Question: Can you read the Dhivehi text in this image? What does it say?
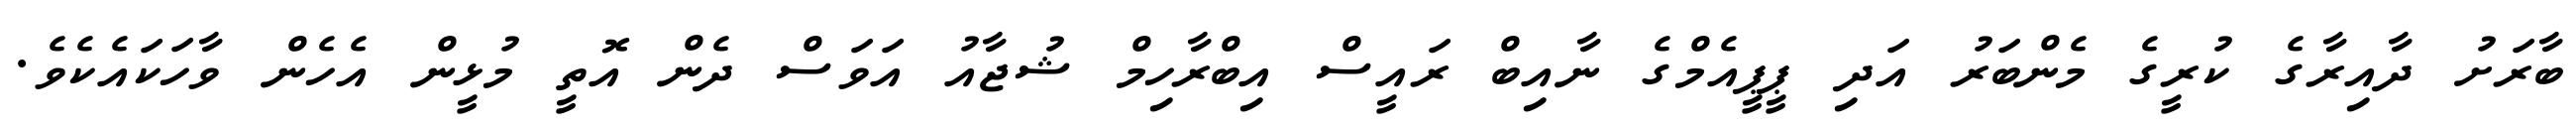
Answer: ބާރަށު ދާއިރާގެ ކުރީގެ މެންބަރު އަދި ޕީޕީއެމްގެ ނާއިބް ރައީސް އިބްރާހިމް ޝުޖާއު އަވަސް ދެން އޮތީ މުޅީން އެހެން ވާހަކައެކެވެ.